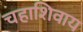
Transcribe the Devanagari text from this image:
चहाशिवाय